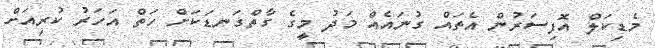
މެޑިކަލް އޮފިސަރުން އެތައް ގުނައެއް މަދު މީގެ ގާތްގަނޑަކަށް ހަތް އަހަރު ކުރިއަށް